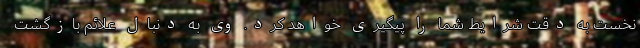
نخست به دقت شرایط شما را پیگیری خواهد کرد. وی به دنبال علائم بازگشت